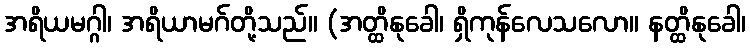
အရိယမဂ္ဂါ၊ အရိယာမဂ်တို့သည်။ (အတ္ထိနုခေါ၊ ရှိကုန်လေသလော။ နတ္ထိနုခေါ၊